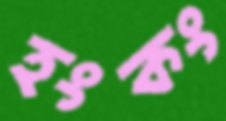
হংকং